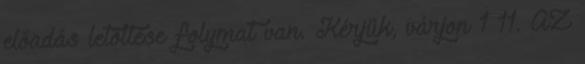
előadás letöltése folymat van. Kérjük, várjon 1 11. AZ